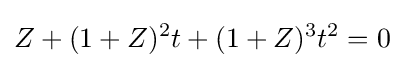
Z+(1+Z)^{2}t+(1+Z)^{3}t^{2}=0